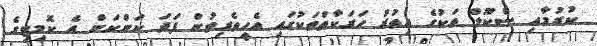
ކުރުމާއި ސްކޫލް ތަކުގެ އިތުރު ހަރަކާތްތަކުގައި އެހީތެރިވުން ފަދަ ކަންކަން އެ ކޮމިޓިގެ